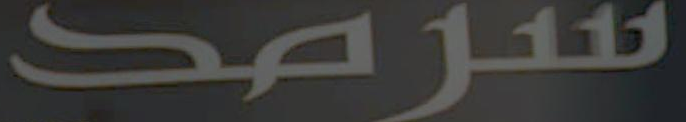
سرمد